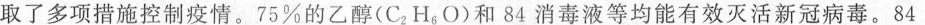
取了多项措施控制疫情。75%的乙醇(C_{2}H_{6}O)和84消毒液等均能有效灭活新冠病毒。84